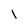
Character: l